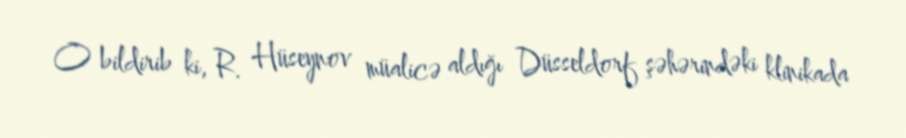
O bildirib ki, R. Hüseynov müalicə aldığı Düsseldorf şəhərindəki klinikada